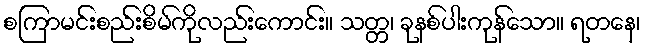
စကြာမင်းစည်းစိမ်ကိုလည်းကောင်း။ သတ္တ၊ ခုနစ်ပါးကုန်သော။ ရတနေ၊